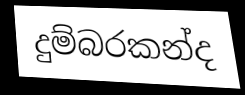
දුම්බරකන්ද